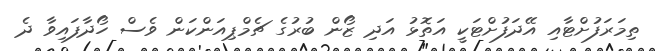
ތިމަރަފުށްޓާއި އޭދަފުށްޓަކީ އަތޮޅު އަދި ޒޯން ބުރުގެ ޗެމްޕިއަންކަން ވެސް ހޯދާފައިވާ ދެ